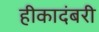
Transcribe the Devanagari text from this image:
हीकादंबरी